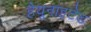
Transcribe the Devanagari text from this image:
हैयूनाइटेड